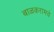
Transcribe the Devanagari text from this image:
बाळकरामचे